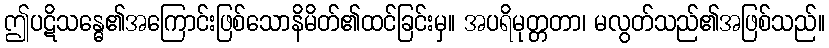
ဤပဋိသန္ဓေ၏အကြောင်းဖြစ်သောနိမိတ်၏ထင်ခြင်းမှ။ အပရိမုတ္တတာ၊ မလွတ်သည်၏အဖြစ်သည်။